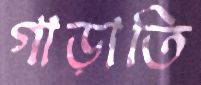
গাড়াতি